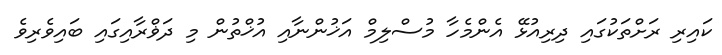
ކައިރި ރަށްތަކުގައި ދިރިއުޅޭ އެންމެހާ މުސްލިމް އަޚުންނާއި އުޚްތުން މި ދަޥްރާއިގައި ބައިވެރިވެ